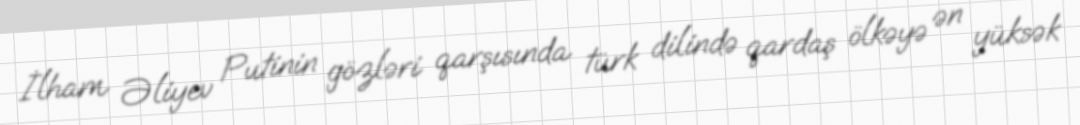
İlham Əliyev Putinin gözləri qarşısında türk dilində qardaş ölkəyə ən yüksək